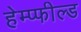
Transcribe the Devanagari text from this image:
हेम्प्फील्ड